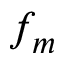
f _ { m }